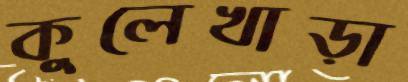
কুলেখাড়া